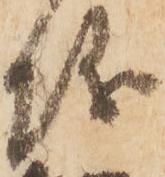
儀